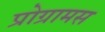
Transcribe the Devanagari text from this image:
प्रोग्रामस